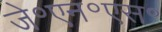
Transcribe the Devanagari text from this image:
जे॰एन॰एस॰